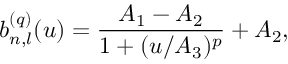
b _ { n , l } ^ { ( q ) } ( u ) = \frac { A _ { 1 } - A _ { 2 } } { 1 + ( u / A _ { 3 } ) ^ { p } } + A _ { 2 } ,